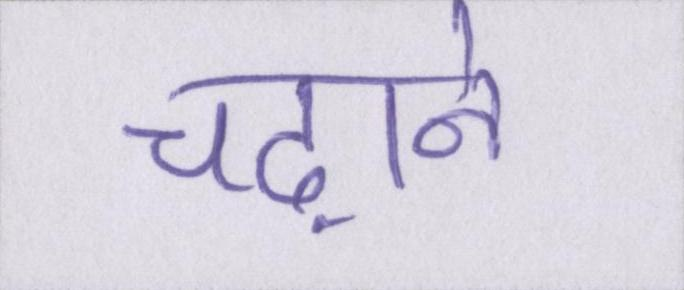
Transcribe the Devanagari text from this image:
चढ़ाने